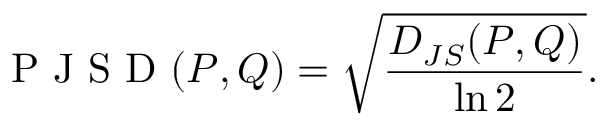
\mathrm { ~ P ~ J ~ S ~ D ~ } ( P , Q ) = \sqrt { \frac { D _ { J S } ( P , Q ) } { \ln 2 } } .